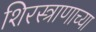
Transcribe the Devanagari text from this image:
शिरस्त्राणाच्या